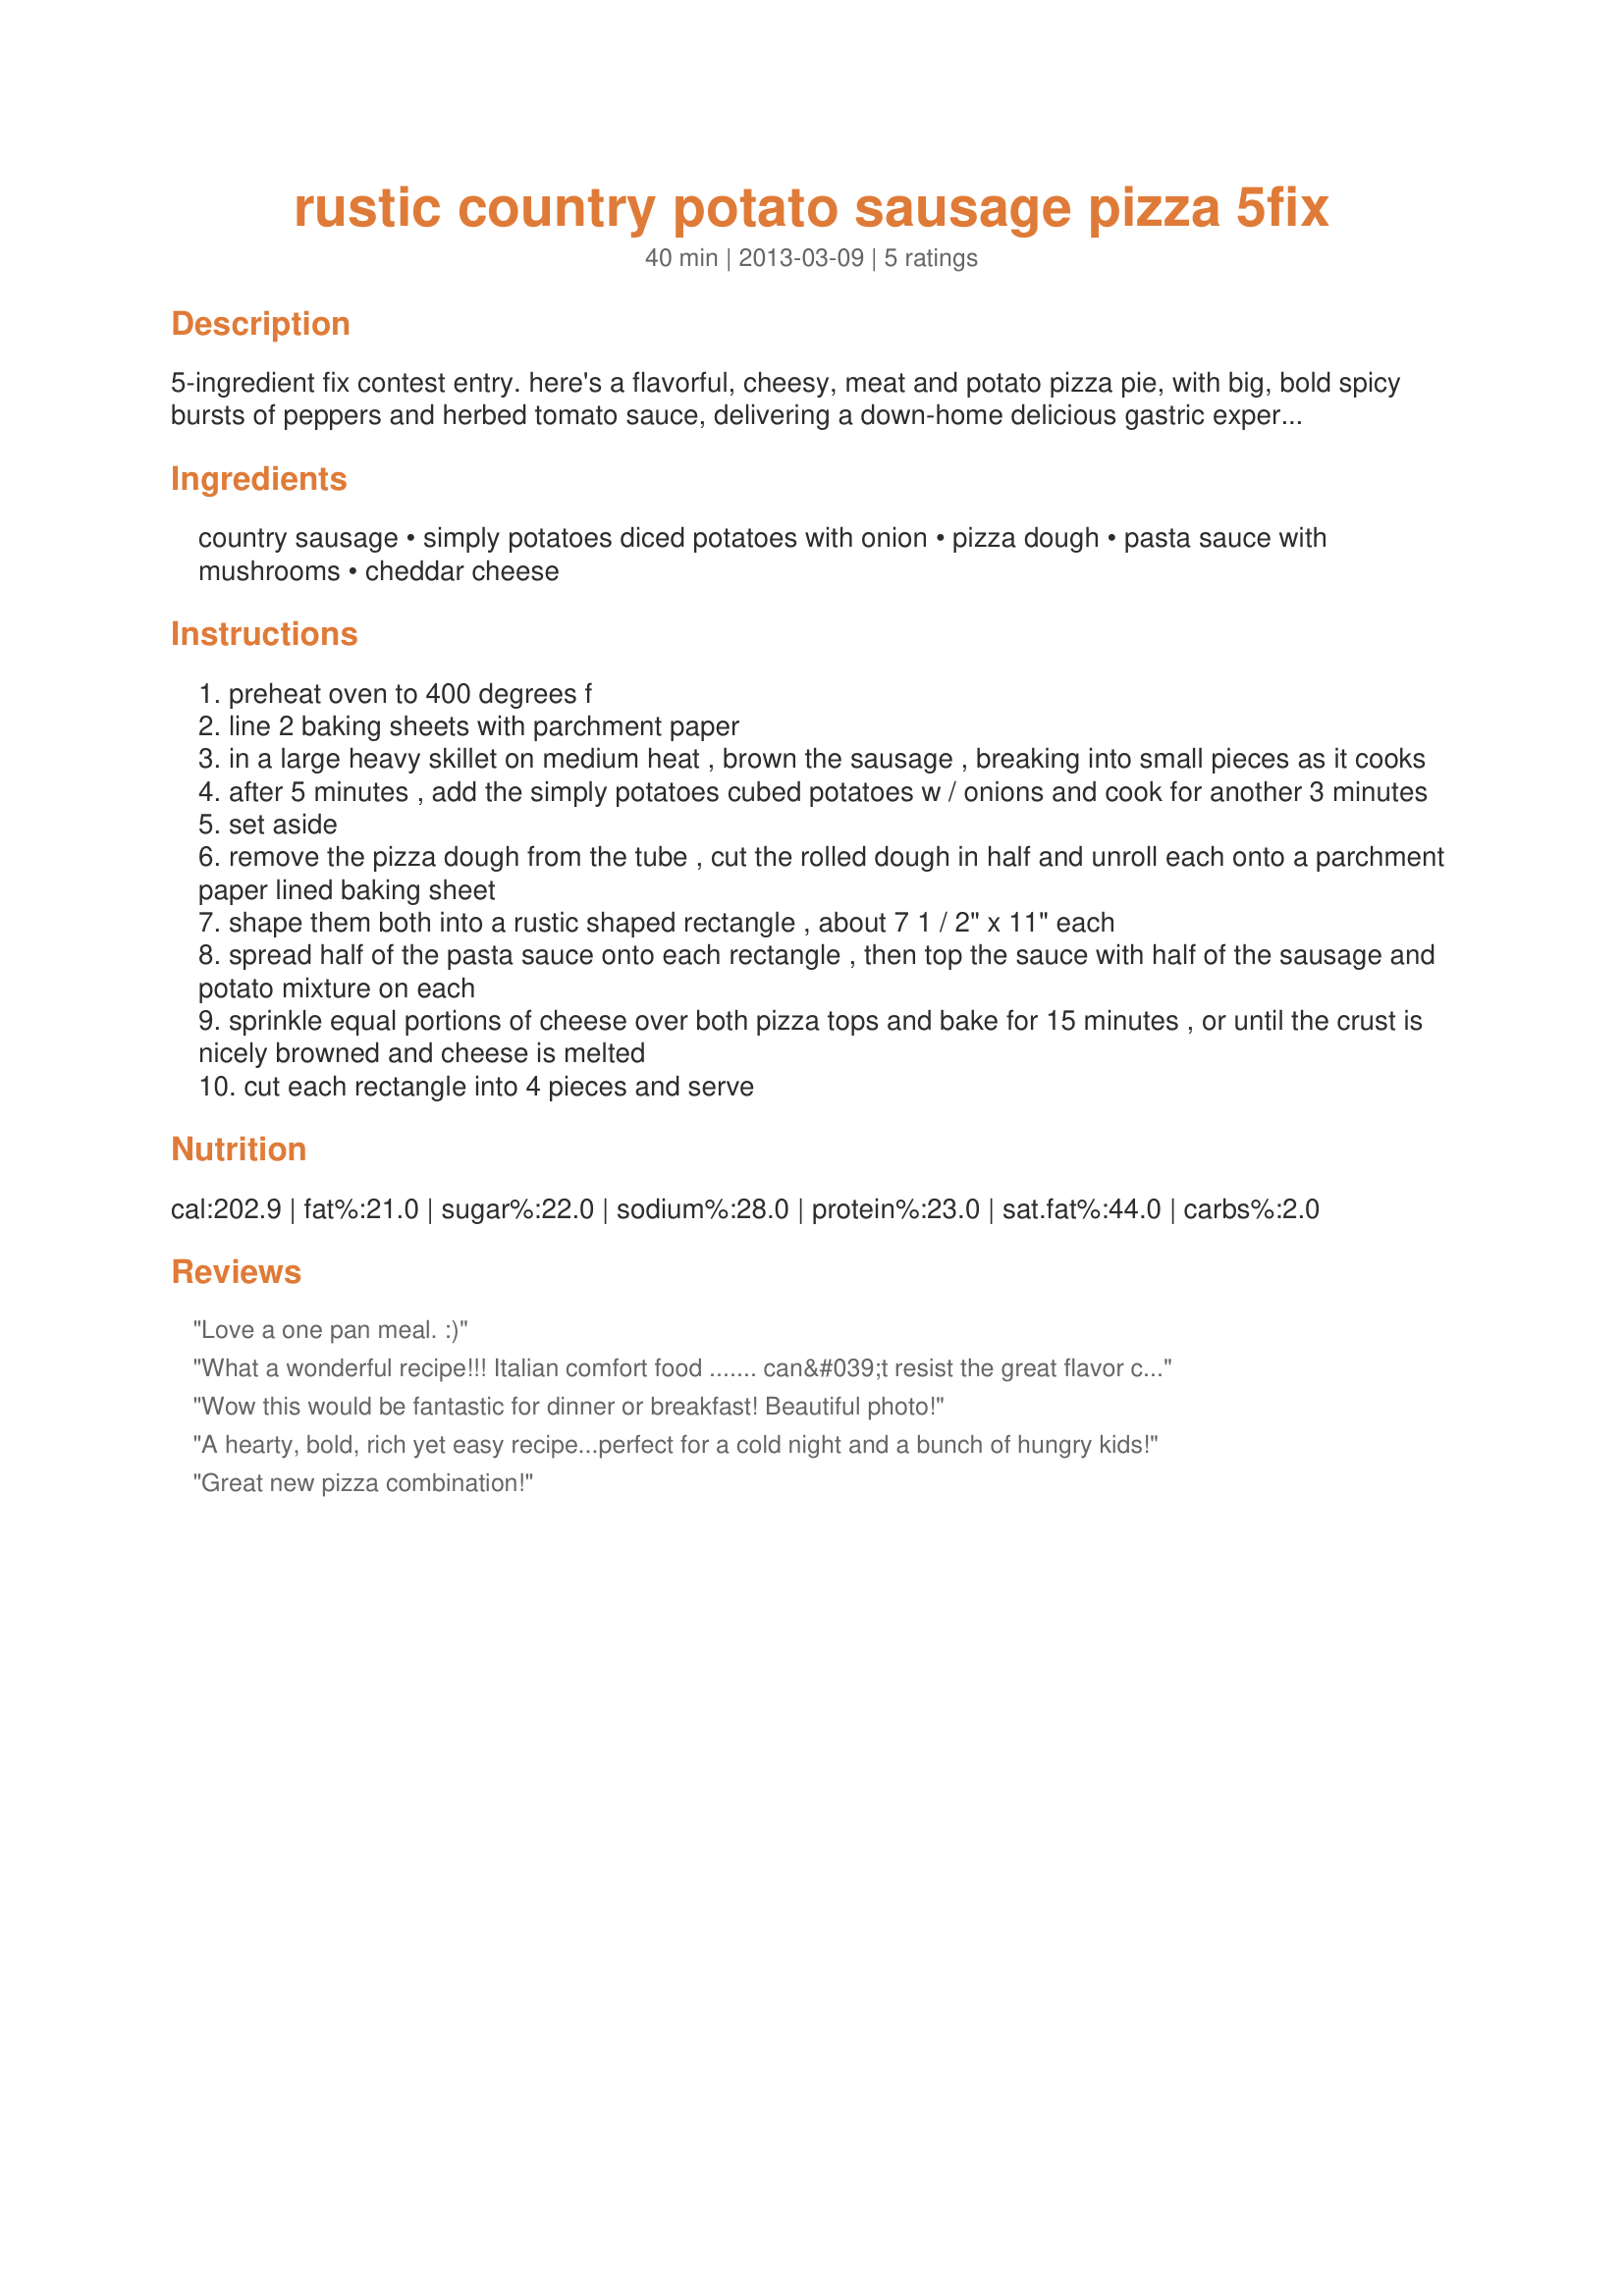
rustic country potato sausage pizza 5fix
Preparation time: 40 minutes

5-ingredient fix contest entry. here's a flavorful, cheesy, meat and potato pizza pie, with big, bold spicy bursts of peppers and herbed tomato sauce, delivering a down-home delicious gastric experience! it's a rustic and loaded with flavor, so enjoy the simplicity that is only accomplished by featuring the fresh and flavorful simply potatoes® diced potatoes with onions!

Ingredients:
country sausage, simply potatoes diced potatoes with onion, pizza dough, pasta sauce with mushrooms, cheddar cheese

Steps:
preheat oven to 400 degrees f
line 2 baking sheets with parchment paper
in a large heavy skillet on medium heat , brown the sausage , breaking into small pieces as it cooks
after 5 minutes , add the simply potatoes cubed potatoes w / onions and cook for another 3 minutes
set aside
remove the pizza dough from the tube , cut the rolled dough in half and unroll each onto a parchment paper lined baking sheet
shape them both into a rustic shaped rectangle , about 7 1 / 2" x 11" each
spread half of the pasta sauce onto each rectangle , then top the sauce with half of the sausage and potato mixture on each
sprinkle equal portions of cheese over both pizza tops and bake for 15 minutes , or until the crust is nicely browned and cheese is melted
cut each rectangle into 4 pieces and serve

Reviews:
Love a one pan meal. :)
What a wonderful recipe!!! Italian comfort food ....... can&#039;t resist the great flavor combination here!!!
Wow this would be fantastic for dinner or breakfast! Beautiful photo!
A hearty, bold, rich yet easy recipe...perfect for a cold night and a bunch of hungry kids!
Great new pizza combination!
